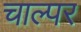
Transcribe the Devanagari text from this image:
चाल्पर